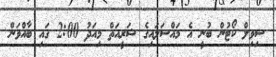
ސިވިލް ކޯޓުން ބުނީ އެ މައްސަލައިގެ ޝަރީއަތް މިއަދު 2:00 ގައި ބާއްވަން